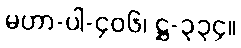
မဟာ-ပါ-၄၀၆၊ ဋ္ဌ-၃၃၄။